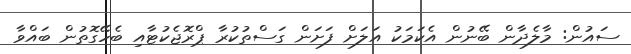
ސައުން: މާލެދާން ބޭނުން އެކަމަކު އަލަށް ފަށަން ގަސްތުކުރާ ޕްރޮޖެކުޓާއި ބެހޭގޮތުން ބައްވާ